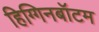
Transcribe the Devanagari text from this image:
हिग्गिनबॉटम